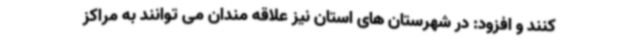
کنند و افزود: در شهرستان های استان نیز علاقه مندان می توانند به مراکز